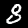
Digit: 8